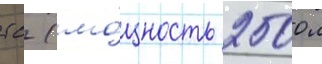
тс (мо́щность 2500 л